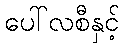
ပေါ်လစီနှင့်